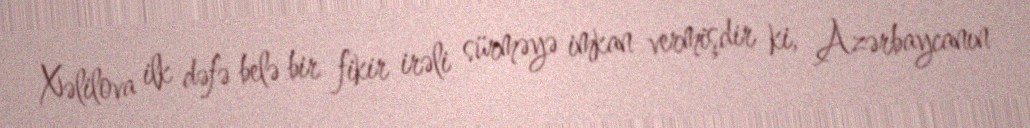
Xəlilova ilk dəfə belə bir fikir irəli sürməyə imkan vermişdir ki, Azərbaycanın